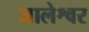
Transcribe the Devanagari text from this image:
जालेश्वर